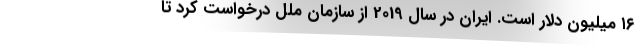
۱۶ میلیون دلار است. ایران در سال 2019 از سازمان ملل درخواست کرد تا